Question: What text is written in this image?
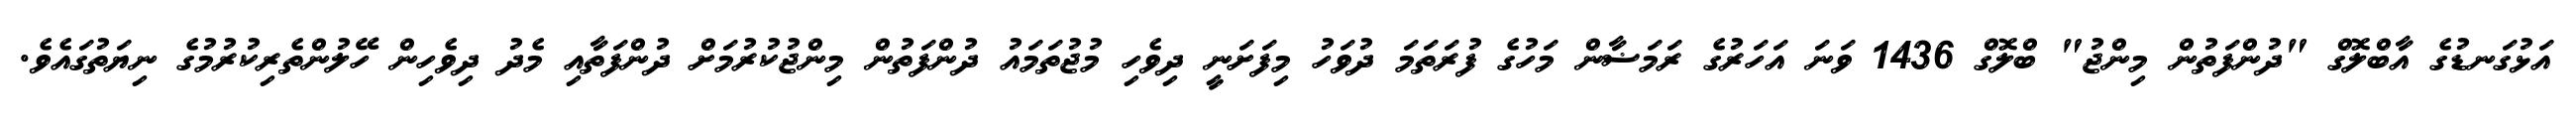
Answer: އަޅުގަނޑުގެ އާބްލޮގް "ދުންފަތުން މިންޖު" ބްލޮގް 1436 ވަނަ އަހަރުގެ ރަމަޟާން މަހުގެ ފުރަތަމަ ދުވަހު މިފަށަނީ ދިވެހި މުޖުތަމައު ދުންފަތުން މިންޖުކުރުމަށް ދުންފަތާއި މެދު ދިވެހިން ހޭލުންތެރިކުރުމުގެ ނިޔަތުގައެވެ.